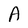
Character: A